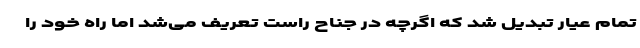
تمام عیار تبدیل شد که اگرچه در جناح راست تعریف می‌شد اما راه خود را